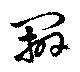
辧